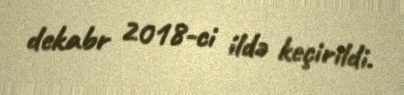
dekabr 2018-ci ildə keçirildi.